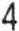
4